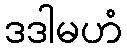
ဒဒါမဟံ